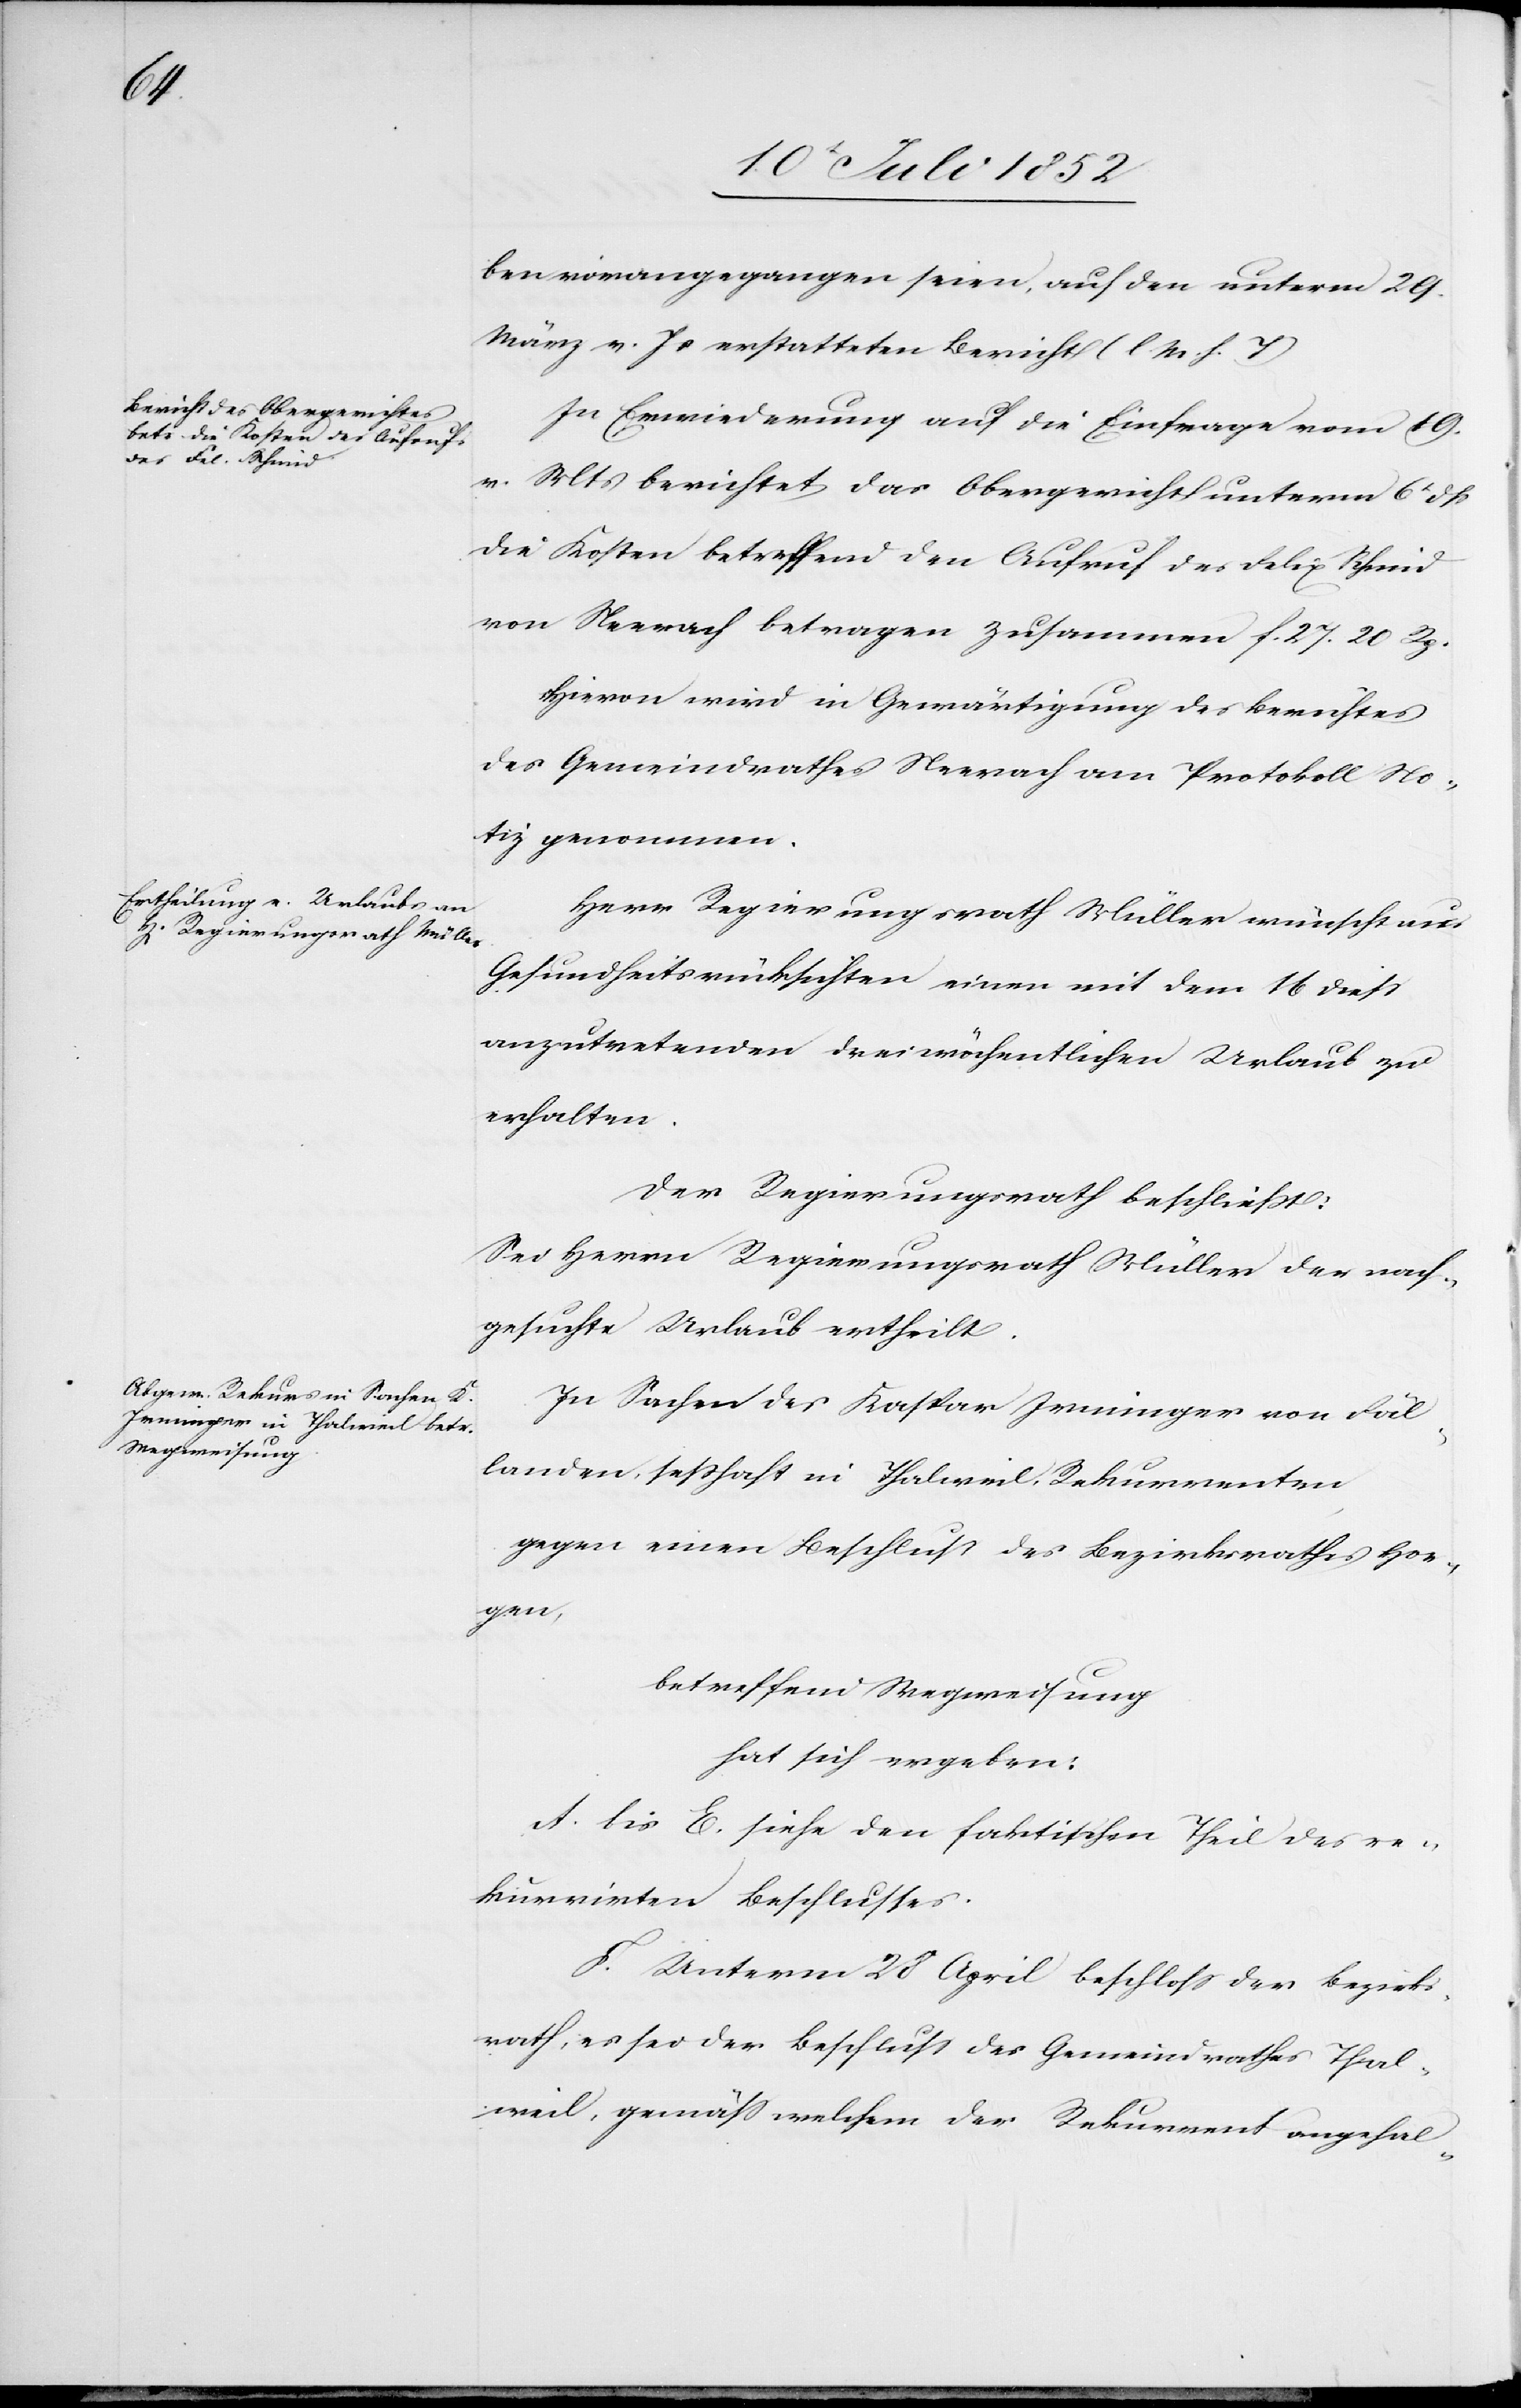
ben vorangegangen seien, auf den unterm 29.
März v. Js erstatteten Bericht (l. M. h. T)[.]
In Erwiederung auf die Einfrage vom 19.
v. Mts berichtet das Obergericht unterm 6t dß
die Kosten betreffend den Aufruf des Felix Schmid
von Neerach betragen zusammen f. 27. 20 Rp.
Hievon wird in Gewärtigung des Berichtes
des Gemeindrathes Neerach am Protokoll No¬
tiz genommen.
Herr Regierungsrath Müller wünscht aus
Gesundheitsrücksichten einen mit dem 16 diess
anzutretenden dreiwöchentlichen Urlaub zu
erhalten.
Der Regierungsrath beschließt:
Sei Herrn Regierungsrath Müller der nach¬
gesuchte Urlaub ertheilt.
In Sachen des Kaspar Irminger von Fäl¬
landen, seßhaft in Thalweil, Rekurrenten,
gegen einen Beschluss des Bezirksrathes Hor¬
gen,
betreffend Wegweisung
hat sich ergeben:
A. bis E. siehe den faktischen Theil des re¬
kurrirten Beschlusses.
F. Unterm 28 April beschloss der Bezirks¬
rath, es sei der Beschluss des Gemeindrathes Thal¬
weil, gemäss welchem der Rekurrent angehal-